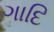
ગાદિ